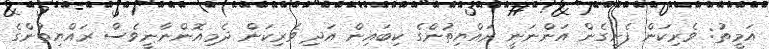
އަމީތު: ވެރިކަން ފެށިގެން އަންނަނީ ރައްޔިތުންގެ ކިބައިން އަދި ވެރިކަން ދެމިއޮންނާނީވެސް ރައްޔިތުންގެ